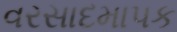
વરસાદમાપક